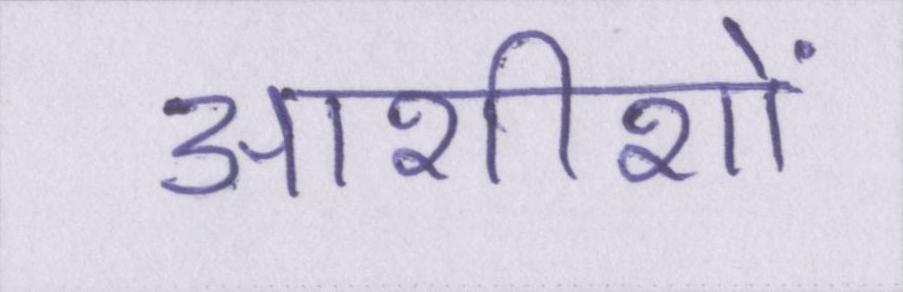
आशीशों